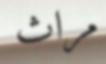
مراث